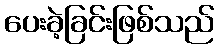
ပေးခဲ့ခြင်းဖြစ်သည်